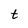
Character: t